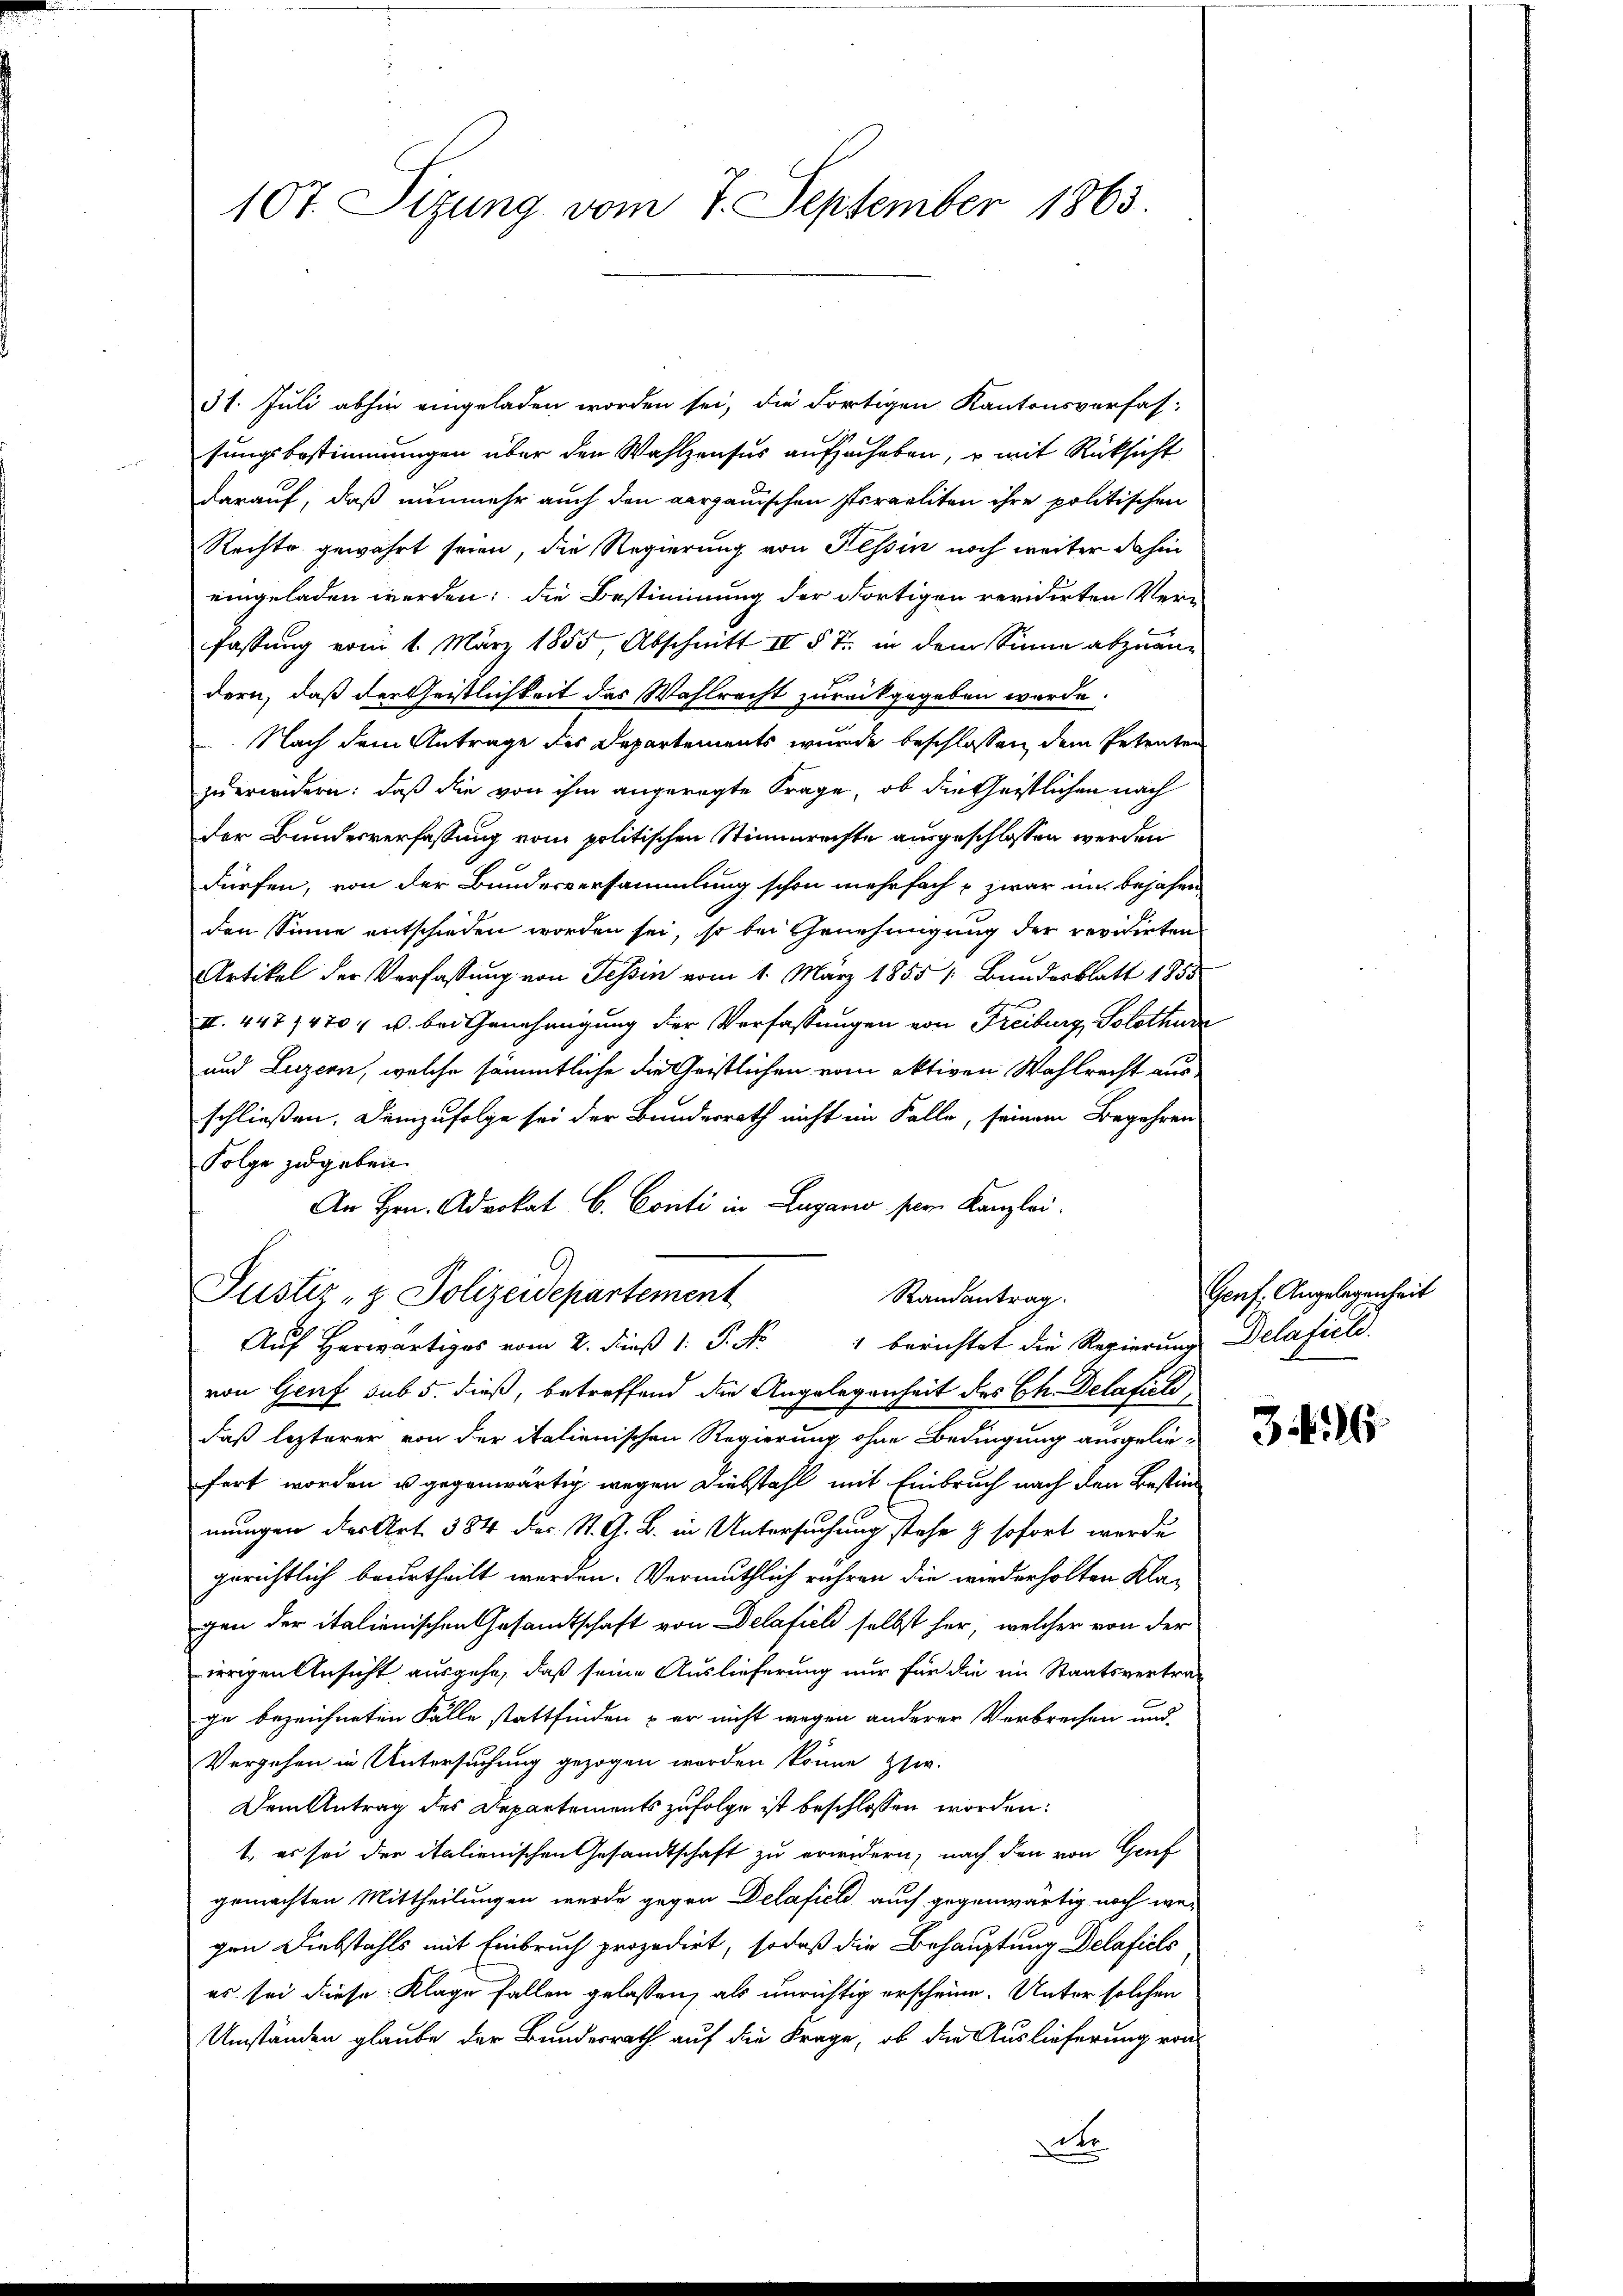
107. Sizung vom 7. September 1863.

31. Juli abhin eingeladen worden sei, die Fortigen Kantonsverfas-
sungsbestimmungen über den Wahlzensus aufzuheben, u mit Rücksicht
darauf, daß nunmehr auch den aargauischen Israeliten ihre politischen
Rechte gewährt seien, die Regierung von Tessin noch weiter dahin
eingeladen werden; die Bestimmung der dortigen revidirten Verfassung vom 1. März 1855, Abschnitt IV § 7. in dem Sinne abzuändern, daß der Geistlichkeit das Wahlrecht zurückgegeben werde.
Nach dem Antrage der Departements wurde beschlossen dem Petenten
zuerindern: daß die von ihm angeregte Frage, ob die Geistlichen nach
der Bundesverfassung vom politischen Stimmrechte ausgeschlossen werden
dürfen, von der Bundesversammlung schon mehrfach & zwar in bejahen
den Sinne entschieden worden sei, so bei Genehmigung der revidirten
Artikel der Verfassung von Tessin vom 1. März 1855 (Bundesblatt 1855
III. 447, 470, u. bei Genehmigung der Verfassungen von Freiburg, Solothure
und Luzern, welche sämmtliche die Geistlichen vom aktiven Wahlrecht aus
schließen. Demzufolge sei der Bundesrath nicht im Falle, seinem Begehren
Folge zugeben.
An Hrn. Advokat C. Conti in Lugano pern Kanzlei.
C.
Justiz- & Polizeidepartement
Randantrag.
Aŭf herwärtiges vom 2. dieβ 1: P. Nr. 1 berichtet die Regierŭng Delafiel.
von Genf sub 5. dieß, betreffend die Angelegenheit des Ch. Delafild
daß lezterer von der italienischen Regierung ohne Bedingung ausgelie-
fert worden u gegenwärtig wegen Diebstahl mit Einbruch nach den Bestimmungen der Art. 384 des St. G. B. in Untersuchung stehe & sofort werde
gerichtlich beurtheilt werden. Vermuthlich rühren die wiederholten Klagen der italienischen Gesandtschaft von Delafich selbst her, welcher von der
irrigen Ansicht ausgehe, daß seine Auslieferung nur für die ein Staatsvertrage bezeichneten Fälle stattfinden – er nicht wegen anderer Verbrechen und
Vergehen in Untersuchung gezogen werden könne zsw.
Dem Antrag des Departements zufolge ist beschlossen worden:
1. es sei der italienischen Gesandtschaft zu erwidern, nach den von Gruf
gemachten Mittheilungen wurde gegen Delafiel auch gegenwärtig noch we-
gen Diebstahls mit Einbruch prozedirt, sodaß die Behauptung Delaficls
es sei diese Klage fallen gelassen, als unrichtig erscheine. Unter solchen
Umständen glaube der Bundesrath auf die Frage, ob die Auslieferung von
r

Genf. Angelegenheit

326